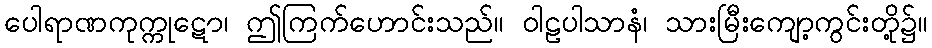
ပေါရာဏကုက္ကုဋော၊ ဤကြက်ဟောင်းသည်။ ဝါဠပါသာနံ၊ သားမြီးကျော့ကွင်းတို့၌။